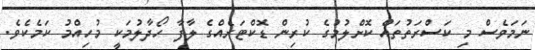
ނަމަވެސް މި ކަސްރަތުތައް ކޮށްލުމުގެ ކުރިން ޑޮކްޓަރެއްގެ ލާފާ ހޯދާލުމަކީ މުހިއްމު ކަމެކެވެ.